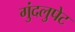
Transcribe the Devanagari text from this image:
गुंदलुपेट